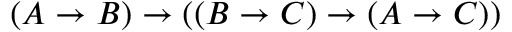
( A \to B ) \to ( ( B \to C ) \to ( A \to C ) )